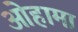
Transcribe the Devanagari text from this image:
ओहामा